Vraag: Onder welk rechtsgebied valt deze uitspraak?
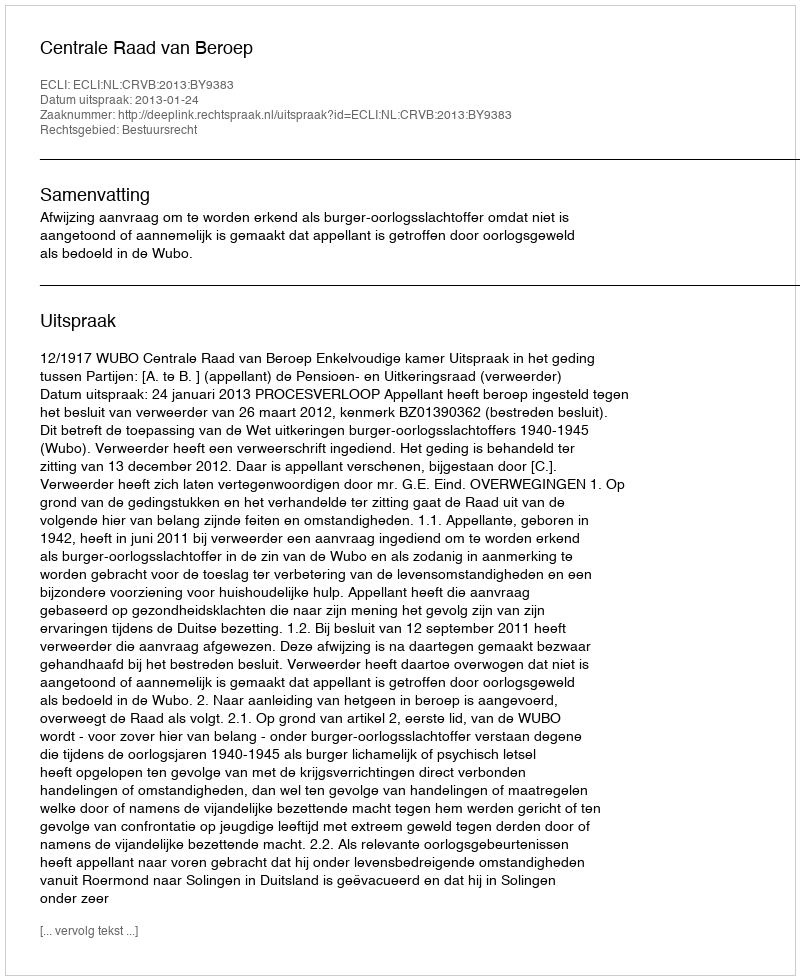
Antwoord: Bestuursrecht